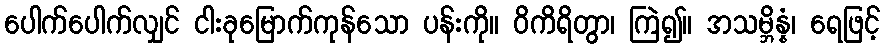
ပေါက်ပေါက်လျှင် ငါးခုမြောက်ကုန်သော ပန်းကို။ ဝိကိရိတွာ၊ ကြဲ၍။ အသမ္ဘိန္နံ၊ ရေဖြင့်